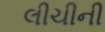
લીચીની